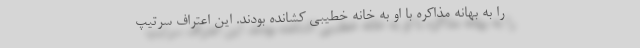
را به بهانه مذاکره با او به خانه خطیبی کشانده بودند. این اعتراف سرتیپ